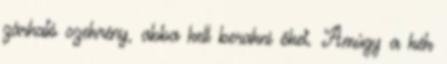
zárható szekrény, abba kell berakni őket. Amúgy a kék